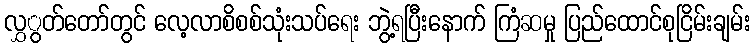
လွှွတ်တော်တွင် လေ့လာစိစစ်သုံးသပ်ရေး ဘွဲ့ရပြီးနောက် ကြံဆမှု ပြည်ထောင်စုငြိမ်းချမ်း